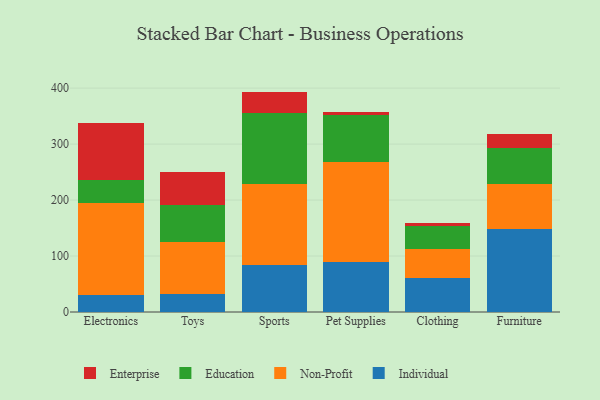
{"axis": {"x": "Category", "y": "Net Income (USD K)"}, "legend": ["Education", "Enterprise", "Individual", "Non-Profit"], "data": [{"x": "Electronics", "y": 30.7, "type": "Individual"}, {"x": "Electronics", "y": 164.9, "type": "Non-Profit"}, {"x": "Electronics", "y": 39.5, "type": "Education"}, {"x": "Electronics", "y": 102.5, "type": "Enterprise"}, {"x": "Toys", "y": 32.4, "type": "Individual"}, {"x": "Toys", "y": 93.2, "type": "Non-Profit"}, {"x": "Toys", "y": 66.2, "type": "Education"}, {"x": "Toys", "y": 57.8, "type": "Enterprise"}, {"x": "Sports", "y": 83.9, "type": "Individual"}, {"x": "Sports", "y": 145.3, "type": "Non-Profit"}, {"x": "Sports", "y": 126.6, "type": "Education"}, {"x": "Sports", "y": 38.0, "type": "Enterprise"}, {"x": "Pet Supplies", "y": 88.5, "type": "Individual"}, {"x": "Pet Supplies", "y": 179.6, "type": "Non-Profit"}, {"x": "Pet Supplies", "y": 83.4, "type": "Education"}, {"x": "Pet Supplies", "y": 5.0, "type": "Enterprise"}, {"x": "Clothing", "y": 60.0, "type": "Individual"}, {"x": "Clothing", "y": 53.3, "type": "Non-Profit"}, {"x": "Clothing", "y": 39.7, "type": "Education"}, {"x": "Clothing", "y": 5.8, "type": "Enterprise"}, {"x": "Furniture", "y": 147.9, "type": "Individual"}, {"x": "Furniture", "y": 80.4, "type": "Non-Profit"}, {"x": "Furniture", "y": 65.0, "type": "Education"}, {"x": "Furniture", "y": 25.4, "type": "Enterprise"}]}